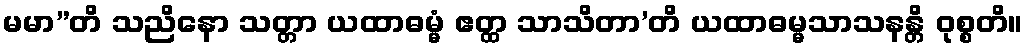
မမာ”တိ သညိနော သတ္တာ ယထာဓမ္မံ ဧတ္ထ သာသိတာ’တိ ယထာဓမ္မသာသနန္တိ ဝုစ္စတိ။